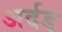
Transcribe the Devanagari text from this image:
अर्दड